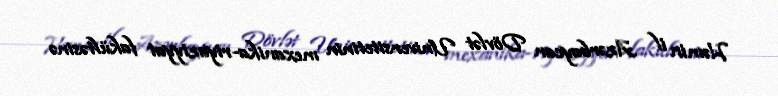
Həmin il Azərbaycan Dövlət Universitetinin mexanika-riyaziyyat fakültəsinə